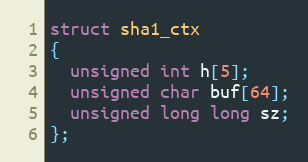
Language: C
struct sha1_ctx
{
  unsigned int h[5];
  unsigned char buf[64];
  unsigned long long sz;
};